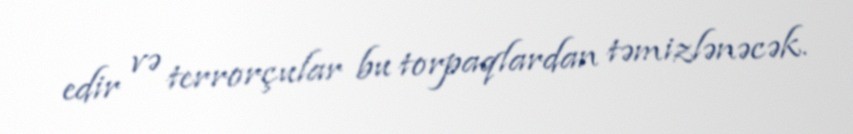
edir və terrorçular bu torpaqlardan təmizlənəcək.